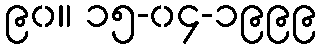
၉၀။ ၁၅-၀၄-၁၉၉၉